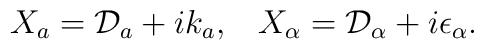
X_a = {\cal D}_a + i k_a , \, \, \, \, \, X_{\alpha} = {\cal D}_{\alpha} + i\epsilon_{\alpha}  .